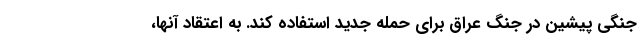
جنگی پیشین در جنگ عراق برای حمله جدید استفاده کند. به اعتقاد آنها،